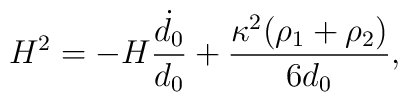
H^2=-H \frac{\dot{d_0}}{d_0}+ \frac{\kappa^2(\rho_1+\rho_2)}{6 d_0},